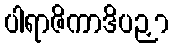
ပါရာဇိကာဒိပဉှာ